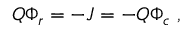
Q \Phi _ { r } = - J = - Q \Phi _ { c } \ ,